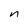
Character: n